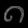
Digit: ၈